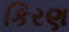
કિરણ